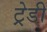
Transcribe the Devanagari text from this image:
ट्रेडी